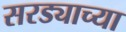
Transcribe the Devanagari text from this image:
सरड्याच्या